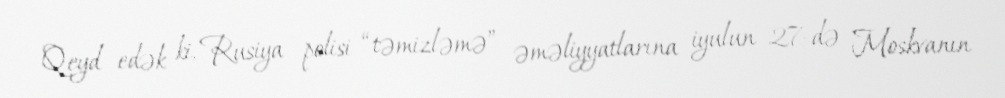
Qeyd edək ki, Rusiya polisi “təmizləmə” əməliyyatlarına iyulun 27-də Moskvanın